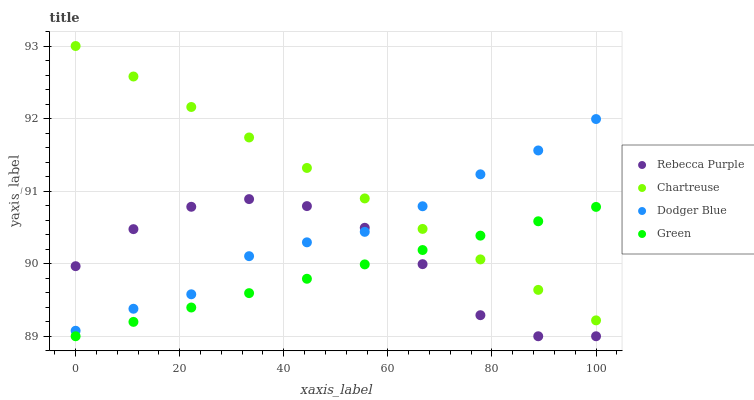
| xaxis_label | Rebecca Purple | Chartreuse | Dodger Blue | Green |
 | --- | --- | --- | --- | --- |
 | 0 | 90 | 93 | 89.1 | 89 |
 | 11.1 | 90.5 | 92.6 | 89.4 | 89.2 |
 | 22.2 | 90.8 | 92.2 | 89.6 | 89.4 |
 | 33.3 | 90.9 | 91.7 | 90.1 | 89.6 |
 | 44.4 | 90.8 | 91.3 | 90.3 | 89.8 |
 | 55.6 | 90.5 | 90.9 | 90.4 | 90 |
 | 66.7 | 90 | 90.5 | 90.8 | 90.2 |
 | 77.8 | 89.3 | 90.1 | 91.2 | 90.4 |
 | 88.9 | 89 | 89.6 | 91.6 | 90.6 |
 | 100 | 89 | 89.2 | 92 | 90.8 |